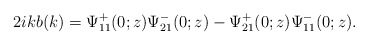
\begin{align*}2ikb(k)=\Psi^+_{11}(0 ;z) \Psi^-_{21}(0;z)-\Psi^+_{21}(0;z) \Psi^-_{11}(0;z).\end{align*}